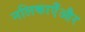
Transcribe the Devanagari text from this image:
नलिकाएँऔर